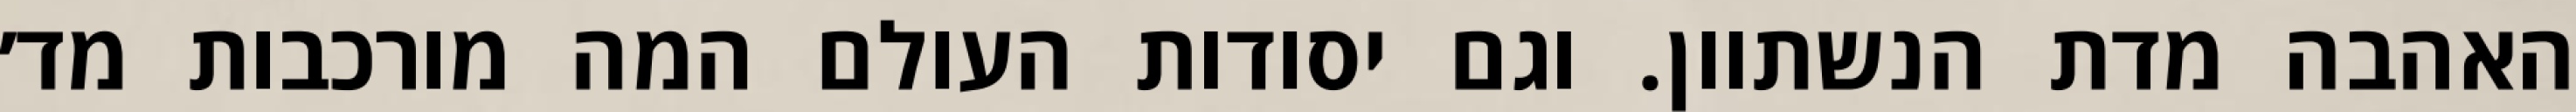
האהבה מדת הנשתוון. וגם יסודות העולם המה מורכבות מד׳